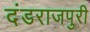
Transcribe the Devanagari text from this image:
दंडराजपुरी